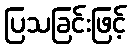
ပြသခြင်းဖြင့်